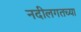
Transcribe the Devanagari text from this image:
नदीलगतच्या